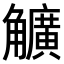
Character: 𧥌